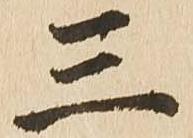
三